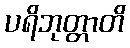
ပရိဘုတ္တာတိ